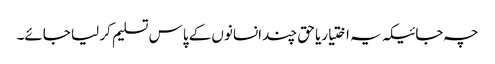
چہ جائیکہ یہ اختیاریا حق چند انسانوں کے پاس تسلیم کر لیا جائے۔